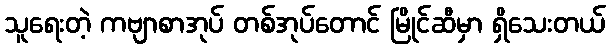
သူရေးတဲ့ ကဗျာစာအုပ် တစ်အုပ်တောင် မြိုင်ဆီမှာ ရှိသေးတယ်